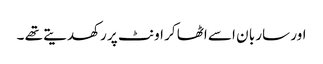
اور سار با ن اسے اٹھا کر اونٹ پر رکھدیتے تھے ۔